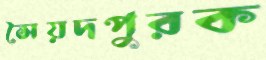
সৈয়দপুরক